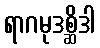
ရာဂမုဒစ္ဆိဒါ